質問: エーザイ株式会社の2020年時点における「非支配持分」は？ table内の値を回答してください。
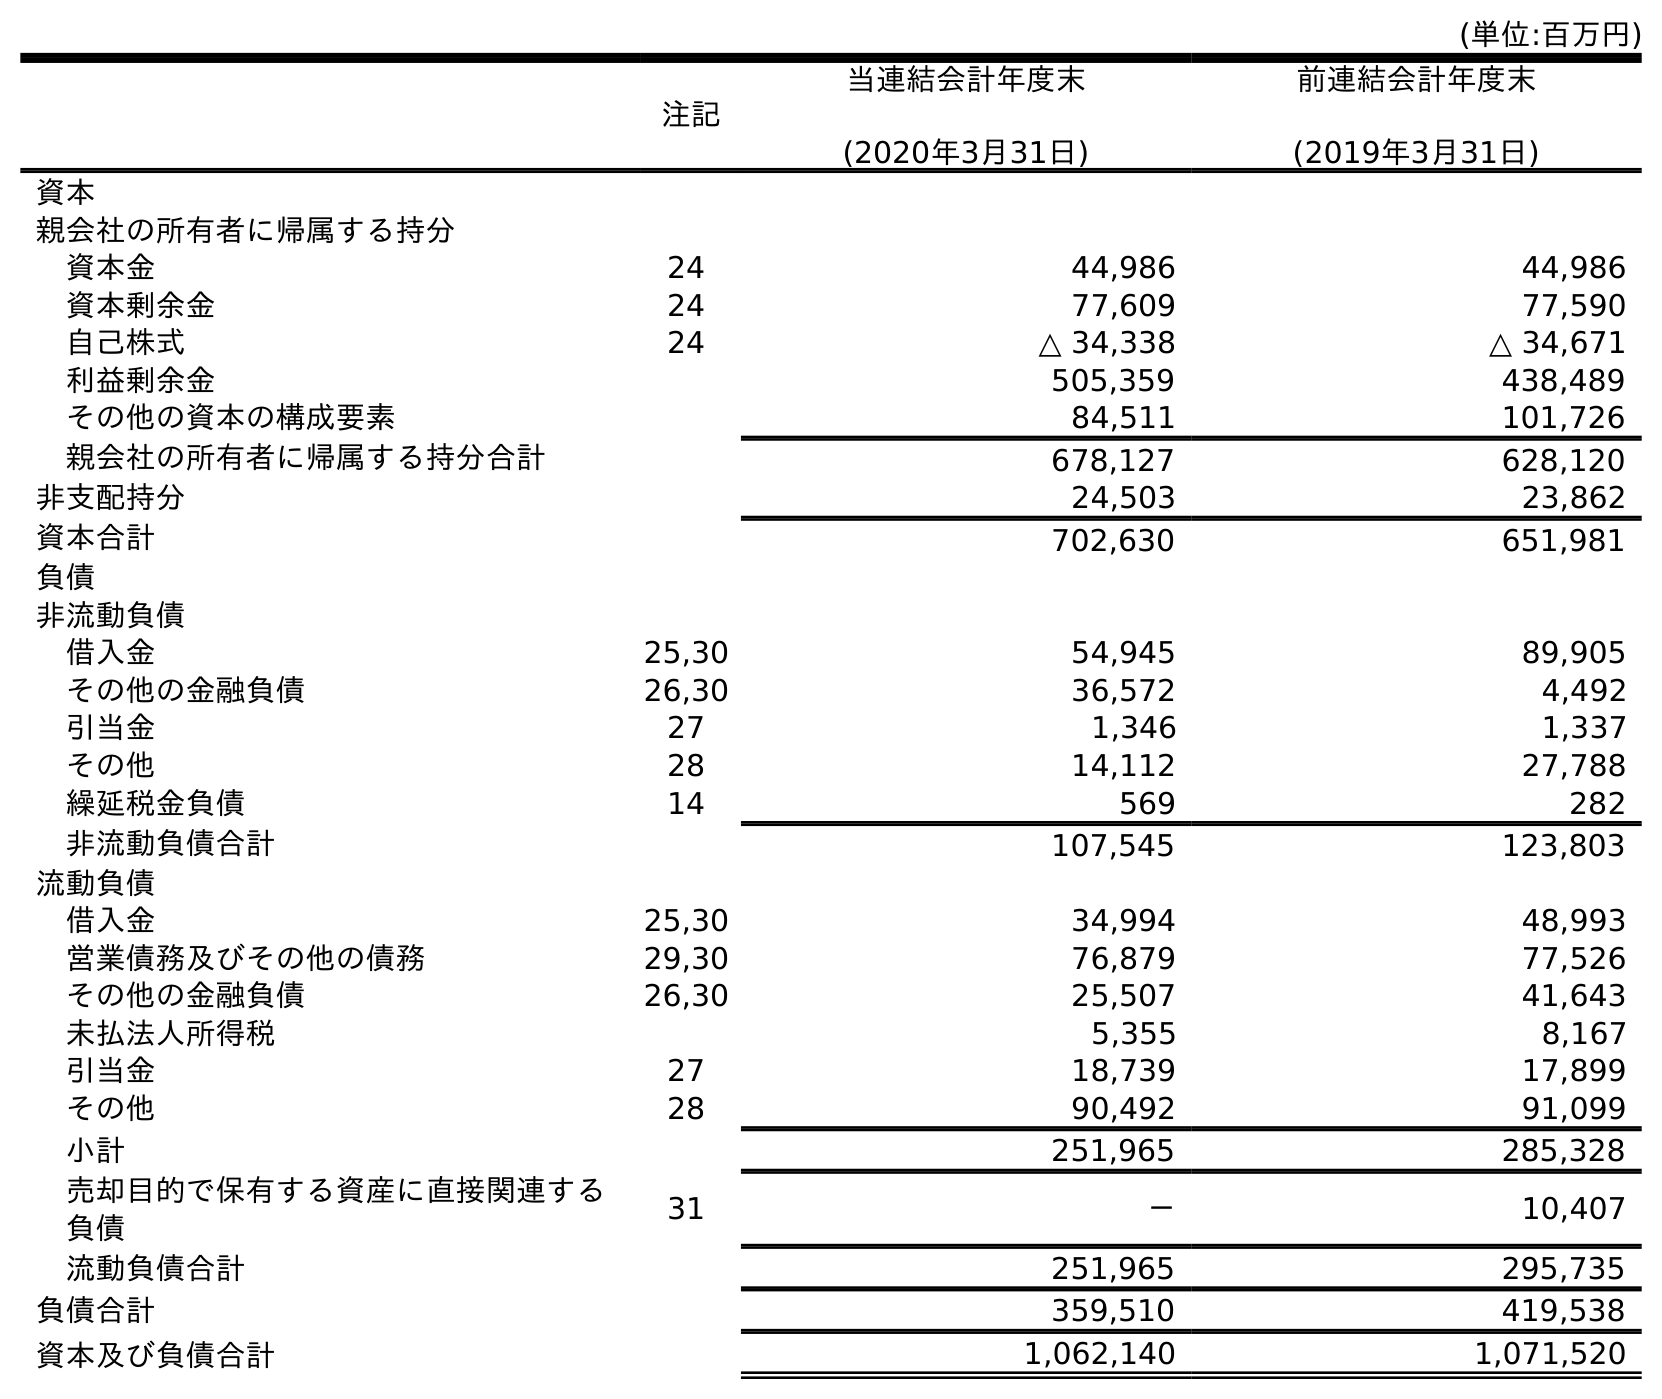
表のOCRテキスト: (単位:百万円) 注記 当連結会計年度末 (2020年3月31日) 前連結会計年度末 (2019年3月31日) 資本 親会社の所有者に帰属する持分 資本金 24 44,986 44,986 資本剰余金 24 77,609 77,590 自己株式 24 △ 34,338 △ 34,671 利益剰余金 505,359 438,489 その他の資本の構成要素 84,511 101,726 親会社の所有者に帰属する持分合計 678,127 628,120 非支配持分 24,503 23,862 資本合計 702,630 651,981 負債 非流動負債 借入金 25,30 54,945 89,905 その他の金融負債 26,30 36,572 4,492 引当金 27 1,346 1,337 その他 28 14,112 27,788 繰延税金負債 14 569 282 非流動負債合計 107,545 123,803 流動負債 借入金 25,30 34,994 48,993 営業債務及びその他の債務 29,30 76,879 77,526 その他の金融負債 26,30 25,507 41,643 未払法人所得税 5,355 8,167 引当金 27 18,739 17,899 その他 28 90,492 91,099 小計 251,965 285,328 売却目的で保有する資産に直接関連する 負債 31 － 10,407 流動負債合計 251,965 295,735 負債合計 359,510 419,538 資本及び負債合計 1,062,140 1,071,520
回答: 24,503